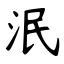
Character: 泯